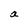
Character: a